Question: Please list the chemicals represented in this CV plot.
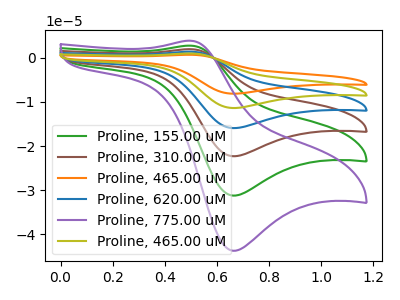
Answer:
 <answer>The green curve is labeled "Proline, 155.00 uM". The brown curve is labeled "Proline, 310.00 uM". The orange curve is labeled "Proline, 465.00 uM". The blue curve is labeled "Proline, 620.00 uM". The purple curve is labeled "Proline, 775.00 uM". The olive curve is labeled "Proline, 465.00 uM".</answer>
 <eval></eval>